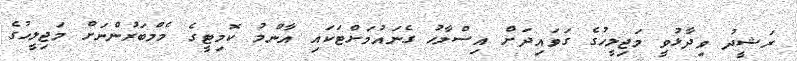
ރަޝީދު ވިދާޅުވީ މަޖިލީހުގެ ގަވައިދަށް އިސްލާހު ގެނައުމަށްޓަކައި އާންމު ކޮމިޓީގެ މެމްބަރުންނަށް މަޖިލީހުގެ